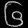
Digit: ၆